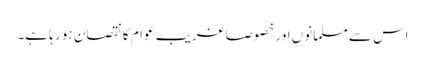
اس سے مسلمانوں اور خصوصاً غریب عوام کا نقصان ہو رہا ہے۔